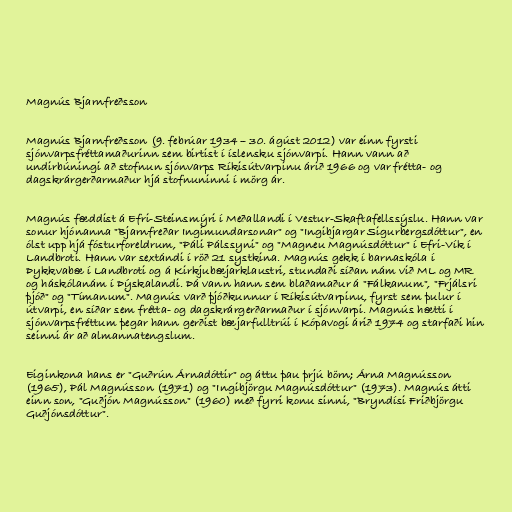
Magnús Bjarnfreðsson

Magnús Bjarnfreðsson (9. febrúar 1934 – 30. ágúst 2012) var einn fyrsti
sjónvarpsfréttamaðurinn sem birtist í íslensku sjónvarpi. Hann vann að
undirbúningi að stofnun sjónvarps Ríkisútvarpinu árið 1966 og var frétta- og
dagskrárgerðarmaður hjá stofnuninni í mörg ár.

Magnús fæddist á Efri-Steinsmýri í Meðallandi í Vestur-Skaftafellssýslu. Hann var
sonur hjónanna "Bjarnfreðar Ingimundarsonar" og "Ingibjargar Sigurbergsdóttur", en
ólst upp hjá fósturforeldrum, "Páli Pálssyni" og "Magneu Magnúsdóttur" í Efri-Vík í
Landbroti. Hann var sextándi í röð 21 systkina. Magnús gekk í barnaskóla í
Þykkvabæ í Landbroti og á Kirkjubæjarklaustri, stundaði síðan nám við ML og MR
og háskólanám í Þýskalandi. Þá vann hann sem blaðamaður á "Fálkanum", "Frjálsri
þjóð" og "Tímanum". Magnús varð þjóðkunnur í Ríkisútvarpinu, fyrst sem þulur í
útvarpi, en síðar sem frétta- og dagskrárgerðarmaður í sjónvarpi. Magnús hætti í
sjónvarpsfréttum þegar hann gerðist bæjarfulltrúi í Kópavogi árið 1974 og starfaði hin
seinni ár að almannatengslum.

Eiginkona hans er "Guðrún Árnadóttir" og áttu þau þrjú börn; Árna Magnússon
(1965), Pál Magnússon (1971) og "Ingibjörgu Magnúsdóttur" (1973). Magnús átti
einn son, "Guðjón Magnússon" (1960) með fyrri konu sinni, "Bryndísi Friðbjörgu
Guðjónsdóttur".